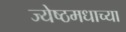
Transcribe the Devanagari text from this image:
ज्येष्ठमधाच्या